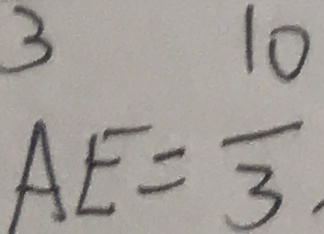
^ { 3 } _ { A E } = \frac { 1 0 } { 3 } .